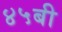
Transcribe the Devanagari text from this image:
४५बी